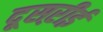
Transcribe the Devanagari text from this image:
दूसऱीई